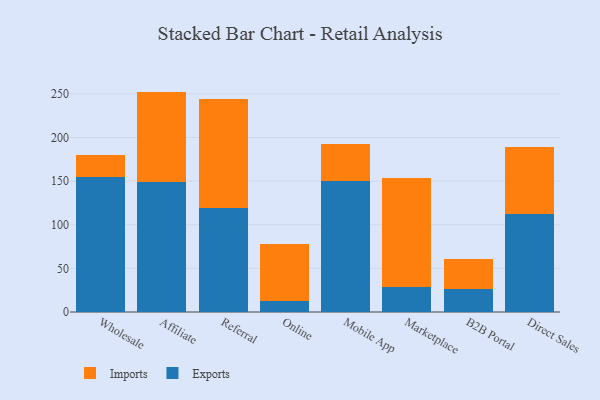
{"axis": {"x": "Channel", "y": "Satisfaction Score"}, "legend": ["Exports", "Imports"], "data": [{"x": "Wholesale", "y": 154.8, "type": "Exports"}, {"x": "Wholesale", "y": 25.2, "type": "Imports"}, {"x": "Affiliate", "y": 148.6, "type": "Exports"}, {"x": "Affiliate", "y": 104.0, "type": "Imports"}, {"x": "Referral", "y": 119.2, "type": "Exports"}, {"x": "Referral", "y": 124.9, "type": "Imports"}, {"x": "Online", "y": 12.2, "type": "Exports"}, {"x": "Online", "y": 65.9, "type": "Imports"}, {"x": "Mobile App", "y": 150.4, "type": "Exports"}, {"x": "Mobile App", "y": 41.6, "type": "Imports"}, {"x": "Marketplace", "y": 28.6, "type": "Exports"}, {"x": "Marketplace", "y": 125.2, "type": "Imports"}, {"x": "B2B Portal", "y": 26.1, "type": "Exports"}, {"x": "B2B Portal", "y": 34.9, "type": "Imports"}, {"x": "Direct Sales", "y": 111.8, "type": "Exports"}, {"x": "Direct Sales", "y": 77.8, "type": "Imports"}]}